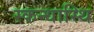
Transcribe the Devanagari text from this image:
स्कन्धास्थि